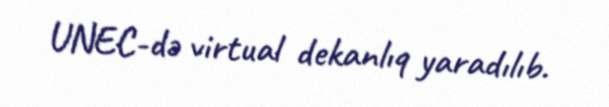
UNEC-də virtual dekanlıq yaradılıb.